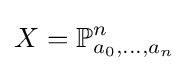
X=\mathbb {P} _{a_{0},...,a_{n}}^{n}